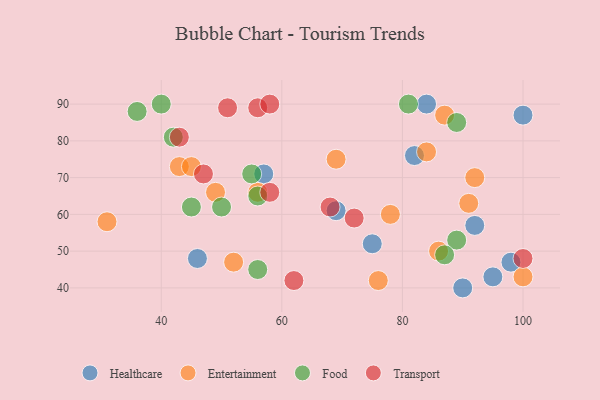
{"axis": {"x": "GDP", "y": "Life Expectancy"}, "legend": ["Entertainment", "Food", "Healthcare", "Transport"], "data": [{"x": "69", "y": 61, "type": "Healthcare"}, {"x": "92", "y": 57, "type": "Healthcare"}, {"x": "82", "y": 76, "type": "Healthcare"}, {"x": "84", "y": 90, "type": "Healthcare"}, {"x": "98", "y": 47, "type": "Healthcare"}, {"x": "95", "y": 43, "type": "Healthcare"}, {"x": "75", "y": 52, "type": "Healthcare"}, {"x": "90", "y": 40, "type": "Healthcare"}, {"x": "100", "y": 87, "type": "Healthcare"}, {"x": "46", "y": 48, "type": "Healthcare"}, {"x": "57", "y": 71, "type": "Healthcare"}, {"x": "84", "y": 77, "type": "Entertainment"}, {"x": "69", "y": 75, "type": "Entertainment"}, {"x": "31", "y": 58, "type": "Entertainment"}, {"x": "78", "y": 60, "type": "Entertainment"}, {"x": "91", "y": 63, "type": "Entertainment"}, {"x": "87", "y": 87, "type": "Entertainment"}, {"x": "52", "y": 47, "type": "Entertainment"}, {"x": "76", "y": 42, "type": "Entertainment"}, {"x": "92", "y": 70, "type": "Entertainment"}, {"x": "86", "y": 50, "type": "Entertainment"}, {"x": "100", "y": 43, "type": "Entertainment"}, {"x": "43", "y": 73, "type": "Entertainment"}, {"x": "49", "y": 66, "type": "Entertainment"}, {"x": "45", "y": 73, "type": "Entertainment"}, {"x": "56", "y": 66, "type": "Entertainment"}, {"x": "89", "y": 53, "type": "Food"}, {"x": "36", "y": 88, "type": "Food"}, {"x": "56", "y": 45, "type": "Food"}, {"x": "45", "y": 62, "type": "Food"}, {"x": "50", "y": 62, "type": "Food"}, {"x": "81", "y": 90, "type": "Food"}, {"x": "87", "y": 49, "type": "Food"}, {"x": "89", "y": 85, "type": "Food"}, {"x": "56", "y": 65, "type": "Food"}, {"x": "40", "y": 90, "type": "Food"}, {"x": "55", "y": 71, "type": "Food"}, {"x": "42", "y": 81, "type": "Food"}, {"x": "56", "y": 89, "type": "Transport"}, {"x": "72", "y": 59, "type": "Transport"}, {"x": "68", "y": 62, "type": "Transport"}, {"x": "58", "y": 90, "type": "Transport"}, {"x": "100", "y": 48, "type": "Transport"}, {"x": "47", "y": 71, "type": "Transport"}, {"x": "51", "y": 89, "type": "Transport"}, {"x": "58", "y": 66, "type": "Transport"}, {"x": "62", "y": 42, "type": "Transport"}, {"x": "43", "y": 81, "type": "Transport"}]}